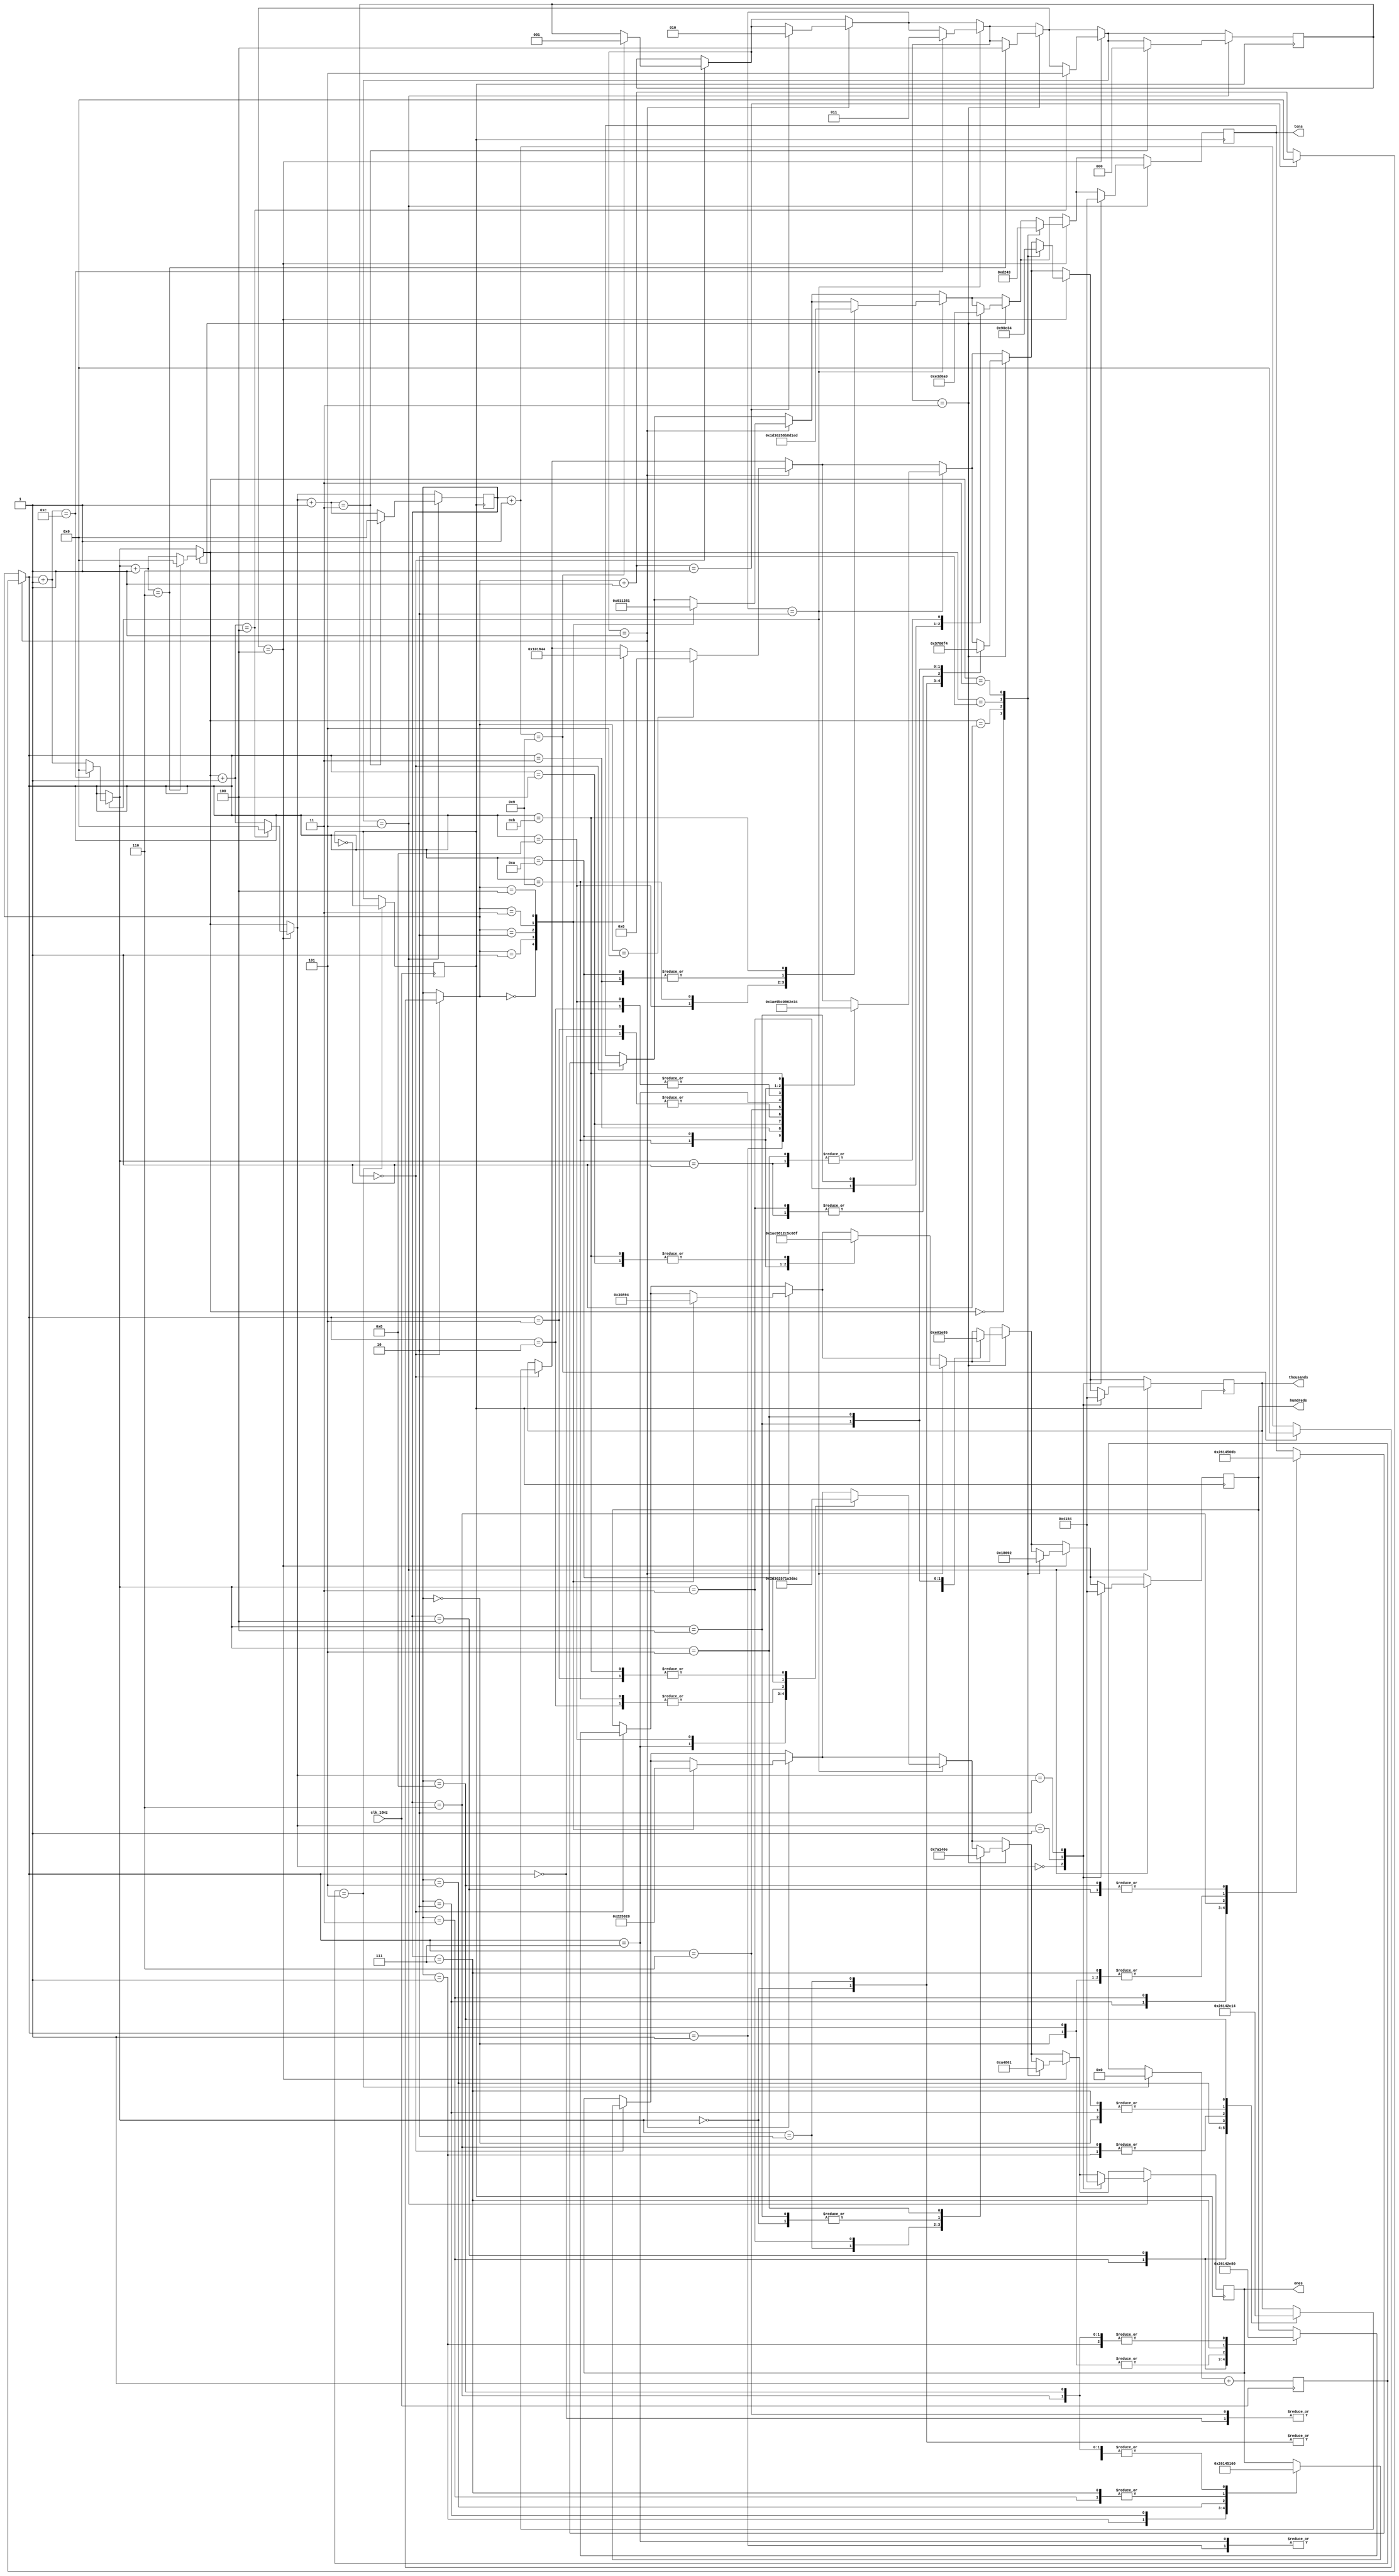
`timescale 1ns / 1ps
//////////////////////////////////////////////////////////////////////////////////
// Company: 
// Engineer: 
// 
// Design Name: 
// Module Name: Display
// Project Name: 
// Target Devices: 
// Tool Versions: 
// Description: 
// 
// Dependencies: 
// 
// Revision:
// Revision 0.01 - File Created
// Additional Comments:
// 
//////////////////////////////////////////////////////////////////////////////////


module Display(

    //input [2:0]metro_konumu,
    input clk_10Hz,
    
    
    output reg[4:0] ones,
    output reg[4:0] tens,
    output reg[4:0] hundreds,
    output reg[4:0] thousands
    
    
    
    
    
    
    );
    
    reg [3:0]counter;
    reg [4:0]currentHarf;
    reg yavas_clk;
    
    reg [2:0]metro_konumu;
    
    
    reg [31:0]sayac;
    
    
    
    initial begin
        
        counter=0;//give here a index of display screen to make it generic.
        sayac=0;
        metro_konumu=0;
        
    end
    
    
    always @ (posedge clk_10Hz)begin  // 1ns -> 1s ye yavasladi
    
        if(sayac==10/2)begin
            yavas_clk=~yavas_clk;        
            sayac=0;
        end
        sayac=sayac+1;
        
    end
    
    
    
    always @ (posedge yavas_clk) begin
        
        if(metro_konumu==0)begin
        
           case(counter)
           
                5'd0:thousands=0;
                5'd1:thousands=11;
                5'd2:thousands=0;
                
                5'd3:thousands=19;
                
                5'd4:thousands=1;
                5'd5:thousands=8;
                5'd6:thousands=11;
                5'd7:thousands=0;
                
                5'd8:thousands=20;
                
           endcase
           
           case(counter)
           
                //0
                5'd0:hundreds=11;
                5'd1:hundreds=0;
                5'd2:hundreds=19;
                
                5'd3:hundreds=1;
                
                5'd4:hundreds=8;
                5'd5:hundreds=11;
                5'd6:hundreds=0;
                5'd7:hundreds=20;
                
                5'd8:hundreds=0;
                
           endcase
           
           case(counter)
           
                5'd0:tens=0;
                5'd1:tens=19;
                5'd2:tens=1;
                
                5'd3:tens=8;
                
                5'd4:tens=11;
                5'd5:tens=0;
                5'd6:tens=20;
                5'd7:tens=0;
                
                5'd8:tens=11;
                
           endcase
           
           case(counter)
           
                5'd0:ones=19;
                5'd1:ones=1;
                5'd2:ones=8;
                
                5'd3:ones=11;
                
                5'd4:ones=0;
                5'd5:ones=20;
                5'd6:ones=0;
                5'd7:ones=11;
                
                5'd8:ones=0;
                
           endcase
           
           counter=counter+1;
           if(counter==9)begin
                counter=0;
                metro_konumu=1;    
            end
        end
       
        if(metro_konumu==1)begin
        
            case(counter)
           
                5'd0:thousands=1;
                5'd1:thousands=0;
                5'd2:thousands=6;
                5'd3:thousands=2;
                5'd4:thousands=4;
                
                5'd5:thousands=20;
                
            endcase
           
           case(counter)
           
                5'd0:hundreds=0;
                5'd1:hundreds=6;
                5'd2:hundreds=2;
                5'd3:hundreds=4;
                5'd4:hundreds=20;
                
                5'd5:thousands=1;
                
            endcase
            
            case(counter)
           
                5'd0:tens=6;
                5'd1:tens=2;
                5'd2:tens=4;
                5'd3:tens=20;
                5'd4:tens=1;
                
                5'd5:thousands=0;
                
            endcase
            
            case(counter)
           
                5'd0:ones=2;
                5'd1:ones=4;
                5'd2:ones=20;
                5'd3:ones=1;
                5'd4:ones=0;
                
                5'd5:thousands=6;
                
            endcase
           
           
            counter=counter+1;
            if(counter==6)begin
                counter=0;
                metro_konumu=2;    
            end   
        end
        
        if(metro_konumu==2)begin
        
            case(counter)
           
                5'd0:thousands=15;
                5'd1:thousands=13;
                5'd2:thousands=12;
                5'd3:thousands=14;
                
                5'd4:thousands=19;
                
                5'd5:thousands=15;
                5'd6:thousands=0;
                5'd7:thousands=9;
                5'd8:thousands=12;
                5'd9:thousands=11;
                5'd10:thousands=17;
                
                5'd11:thousands=20;
                
            endcase
            
            case(counter)
           
                5'd0:hundreds=13;
                5'd1:hundreds=12;
                5'd2:hundreds=14;
                5'd3:hundreds=19;
                
                5'd4:hundreds=15;
                
                5'd5:hundreds=0;
                5'd6:hundreds=9;
                5'd7:hundreds=12;
                5'd8:hundreds=11;
                5'd9:hundreds=17;
                5'd10:hundreds=20;
                
                5'd11:hundreds=15;
                
            endcase
            
            case(counter)
           
                5'd0:tens=12;
                5'd1:tens=14;
                5'd2:tens=19;
                5'd3:tens=15;
                
                5'd4:tens=0;
                
                5'd5:tens=9;
                5'd6:tens=12;
                5'd7:tens=11;
                5'd8:tens=17;
                5'd9:tens=20;
                5'd10:tens=15;
                
                5'd11:tens=13;
                
            endcase
            
            case(counter)
           
                5'd0:ones=14;
                5'd1:ones=19;
                5'd2:ones=15;
                5'd3:ones=0;
                
                5'd4:ones=9;
                
                5'd5:ones=12;
                5'd6:ones=11;
                5'd7:ones=17;
                5'd8:ones=20;
                5'd9:ones=15;
                5'd10:ones=13;
                
                5'd11:ones=12;
                
            endcase
           
            counter=counter+1;
            if(counter==12)begin
                counter=0;
                metro_konumu=3;
             end   
        end
        
        if(metro_konumu==3)begin
        
            case(counter)
           
                5'd0:thousands=5;
                5'd1:thousands=0;
                5'd2:thousands=14;
                5'd3:thousands=0;
                5'd4:thousands=7;
                
                5'd5:thousands=20;
                
            endcase
            
            case(counter)
           
                5'd0:hundreds=0;
                5'd1:hundreds=14;
                5'd2:hundreds=0;
                5'd3:hundreds=7;
                5'd4:hundreds=20;
                
                5'd5:hundreds=5;
                
            endcase
            
            case(counter)
           
                5'd0:tens=14;
                5'd1:tens=0;
                5'd2:tens=7;
                5'd3:tens=20;
                5'd4:tens=5;
                
                5'd5:tens=0;
                
            endcase
            
            case(counter)
           
                5'd0:ones=0;
                5'd1:ones=7;
                5'd2:ones=20;
                5'd3:ones=5;
                5'd4:ones=0;
                
                5'd5:ones=14;
                
            endcase
           
            counter=counter+1;
            if(counter==6)begin
                counter=0;
                metro_konumu=4;   
                
             end
        end
        
        if(metro_konumu==4)begin
        
            case(counter)
           
                5'd0:thousands=18;
                5'd1:thousands=3;
                5'd2:thousands=1;
                
                5'd3:thousands=20;
                
            endcase
            
            case(counter)
           
                5'd0:hundreds=3;
                5'd1:hundreds=1;
                5'd2:hundreds=20;
                
                5'd3:hundreds=18;
                
            endcase
            
            case(counter)
           
                5'd0:tens=1;
                5'd1:tens=20;
                5'd2:tens=18;
                
                5'd3:tens=3;
                
            endcase
            
            case(counter)
           
                5'd0:ones=20;
                5'd1:ones=18;
                5'd2:ones=3;
                
                5'd3:ones=1;
                
            endcase
            
            counter=counter+1;
            if(counter==4)begin
                metro_konumu=5;
                counter=0;
            end
            
        end
        
        if(metro_konumu==5)begin
        
            case(counter)
           
                5'd0:thousands=16;
                5'd1:thousands=10;
                
                5'd2:thousands=20;
                
            endcase
            
            case(counter)
           
                5'd0:hundreds=16;
                5'd1:hundreds=10;
                
                5'd2:hundreds=20;
                
            endcase
            
            case(counter)
           
                5'd0:tens=16;
                5'd1:tens=10;
                
                5'd2:tens=20;
                
            endcase
            
            case(counter)
           
                5'd0:ones=16;
                5'd1:ones=10;
                
                5'd2:ones=20;
                
            endcase
            
            counter=counter+1;
            if(counter==3)begin
                counter=0;
                metro_konumu=0;   
            end
            
        end
        
       
    
    
    
    
    end
    
endmodule